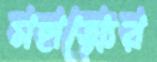
মহাত্ম্যের